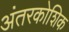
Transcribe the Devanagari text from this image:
अंतरकोशिक